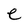
Character: e